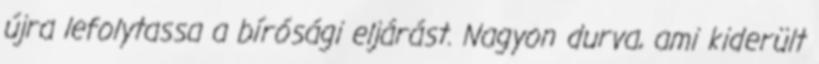
újra lefolytassa a bírósági eljárást. Nagyon durva, ami kiderült